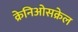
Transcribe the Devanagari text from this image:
क्रेनिओसक्रेल